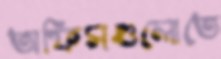
অফিসগুলোতে